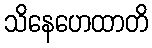
သိနေဟေထာတိ